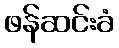
ဖန်ဆင်းခံ